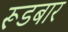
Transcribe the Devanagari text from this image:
रूडबार